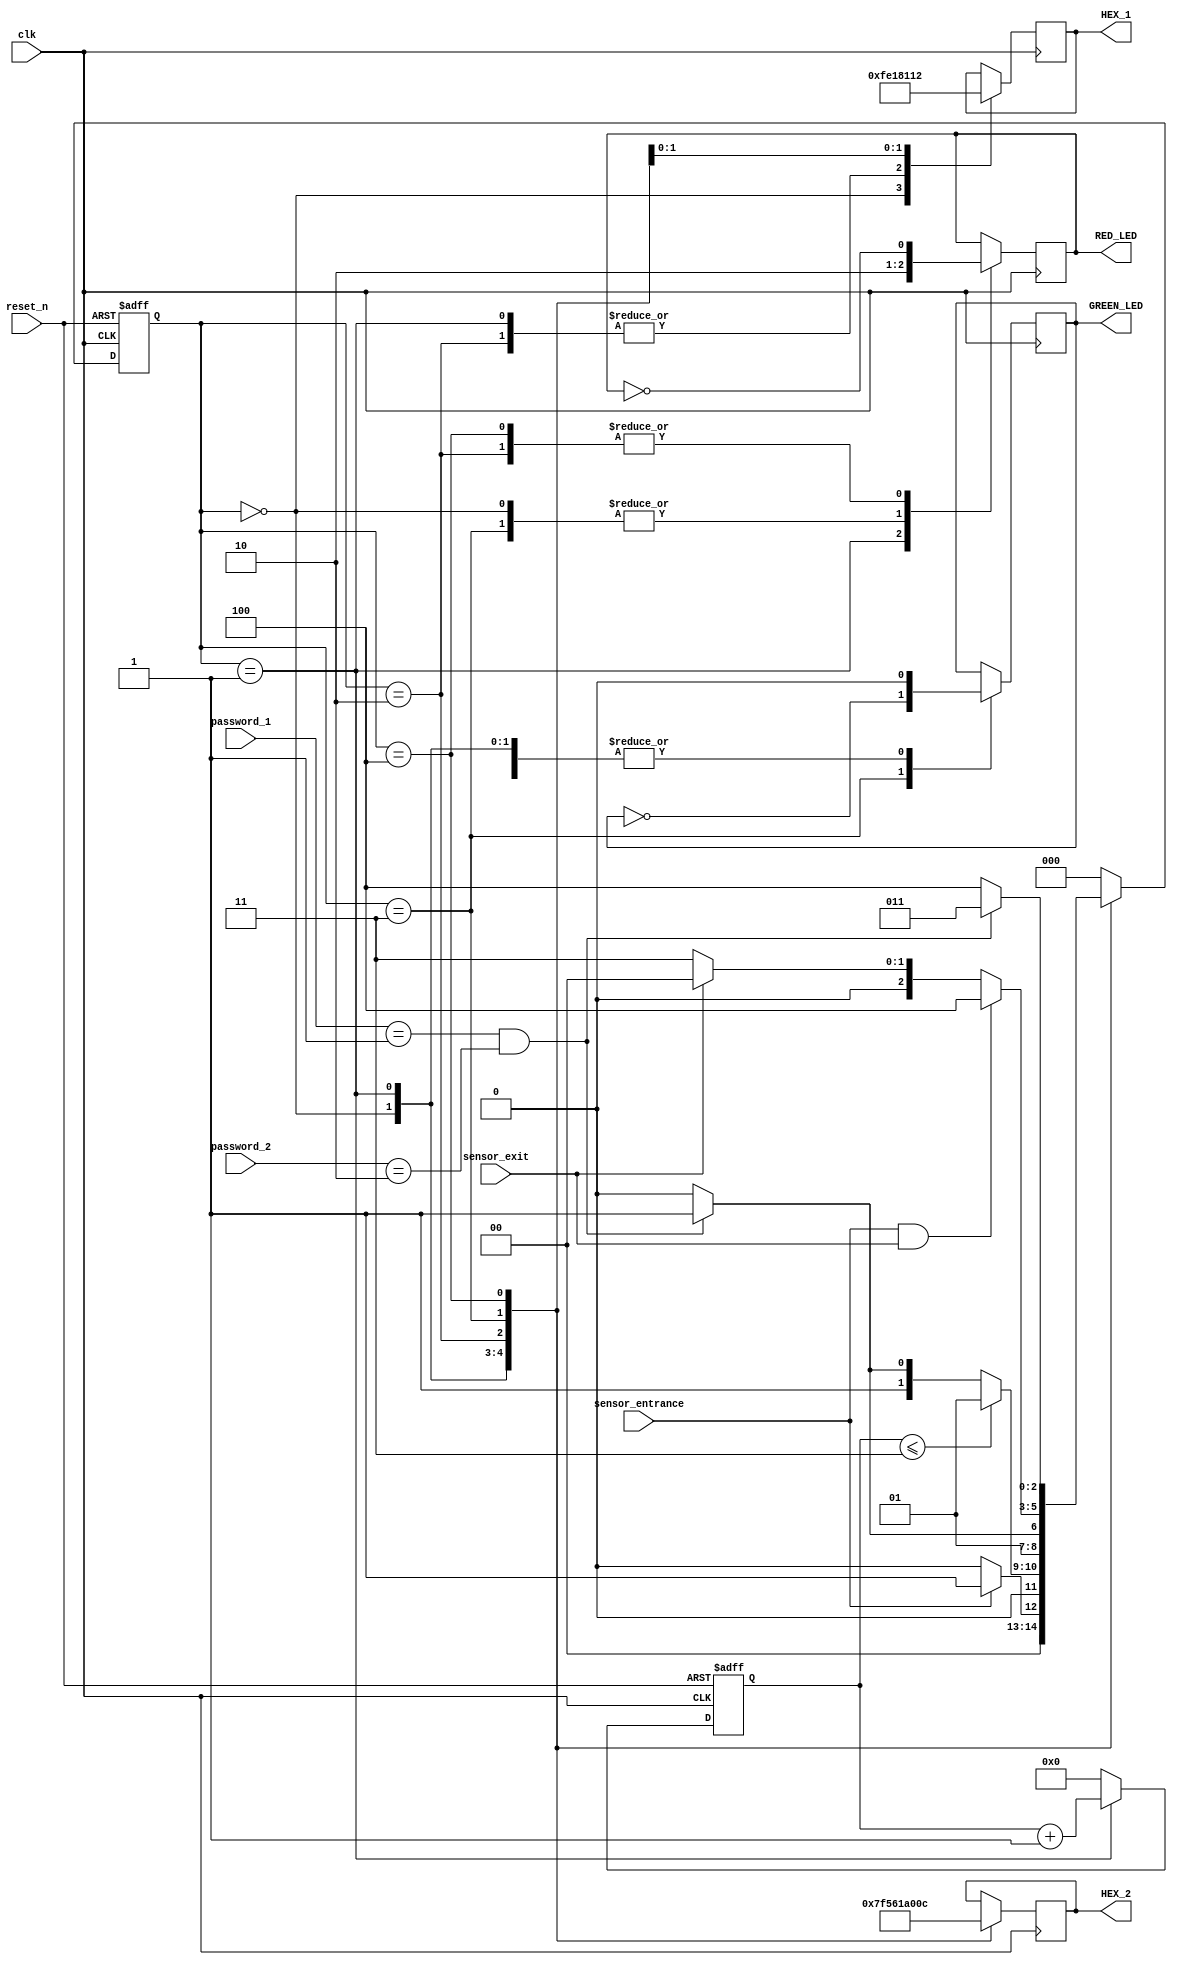
`timescale 1ns / 1ns
module parking_system( 
                input clk,reset_n,
 input sensor_entrance, sensor_exit, 
 input [1:0] password_1, password_2,
 output wire GREEN_LED,RED_LED,
 output reg [6:0] HEX_1, HEX_2
    );
 parameter IDLE = 3'b000, WAIT_PASSWORD = 3'b001, WRONG_PASS = 3'b010, RIGHT_PASS = 3'b011,STOP = 3'b100;
 // Moore FSM :output just depends on the current state
 reg[2:0] current_state, next_state;
 reg[31:0] counter_wait;
 reg red_tmp,green_tmp;
 // Next state
 always @(posedge clk or negedge reset_n)
 begin
 if(~reset_n) 
 current_state = IDLE;
 else
 current_state = next_state;
 end
 // counter_wait
 always @(posedge clk or negedge reset_n) 
 begin
 if(~reset_n) 
 counter_wait <= 0;
 else if(current_state==WAIT_PASSWORD)
 counter_wait <= counter_wait + 1;
 else 
 counter_wait <= 0;
 end
 // change state
 always @(*)
 begin
 case(current_state)
 IDLE: begin
         if(sensor_entrance == 1)
 next_state = WAIT_PASSWORD;
 else
 next_state = IDLE;
 end
 WAIT_PASSWORD: begin
 if(counter_wait <= 3)
 next_state = WAIT_PASSWORD;
 else 
 begin
 if((password_1==2'b01)&&(password_2==2'b10))
 next_state = RIGHT_PASS;
 else
 next_state = WRONG_PASS;
 end
 end
 WRONG_PASS: begin
 if((password_1==2'b01)&&(password_2==2'b10))
 next_state = RIGHT_PASS;
 else
 next_state = WRONG_PASS;
 end
 RIGHT_PASS: begin
 if(sensor_entrance==1 && sensor_exit == 1)
 next_state = STOP;
 else if(sensor_exit == 1)
 next_state = IDLE;
 else
 next_state = RIGHT_PASS;
 end
 STOP: begin
 if((password_1==2'b01)&&(password_2==2'b10))
 next_state = RIGHT_PASS;
 else
 next_state = STOP;
 end
 default: next_state = IDLE;
 endcase
 end
 // LEDs and output, change the period of blinking LEDs here
 always @(posedge clk) begin 
 case(current_state)
 IDLE: begin
 green_tmp = 1'b0;
 red_tmp = 1'b0;
 HEX_1 = 7'b1111111; // off
 HEX_2 = 7'b1111111; // off
 end
 WAIT_PASSWORD: begin
 green_tmp = 1'b0;
 red_tmp = 1'b1;
 HEX_1 = 7'b000_0110; // E
 HEX_2 = 7'b010_1011; // n 
 end
 WRONG_PASS: begin
 green_tmp = 1'b0;
 red_tmp = ~red_tmp;
 HEX_1 = 7'b000_0110; // E
 HEX_2 = 7'b000_0110; // E 
 end
 RIGHT_PASS: begin
 green_tmp = ~green_tmp;
 red_tmp = 1'b0;
 HEX_1 = 7'b000_0010; // 6
 HEX_2 = 7'b100_0000; // 0 
 end
 STOP: begin
 green_tmp = 1'b0;
 red_tmp = ~red_tmp;
 HEX_1 = 7'b001_0010; // 5
 HEX_2 = 7'b000_1100; // P 
 end
 endcase
 end
 assign RED_LED = red_tmp  ;
 assign GREEN_LED = green_tmp;

endmodule